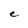
Character: e